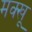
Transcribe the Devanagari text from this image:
मक्खू